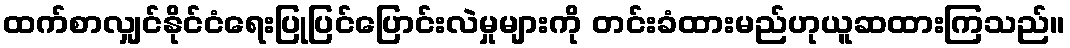
ထက်စာလျှင်နိုင်ငံရေးပြုပြင်ပြောင်းလဲမှုများကို တင်းခံထားမည်ဟုယူဆထားကြသည်။